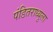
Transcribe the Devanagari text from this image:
पंडितराध्युला